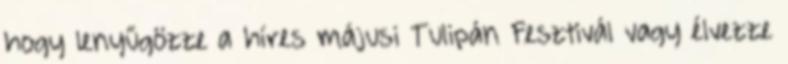
hogy lenyűgözze a híres májusi Tulipán Fesztivál vagy élvezze